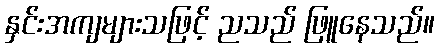
နှင်းအကျများသဖြင့် ညသည် ဖြူနေသည်။